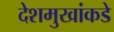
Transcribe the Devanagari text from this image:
देशमुखांकडे